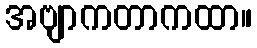
အဗျာကတာကထာ။